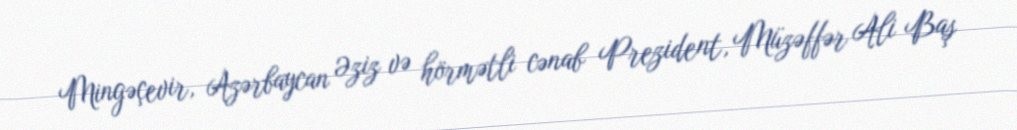
Mingəçevir, Azərbaycan Əziz və hörmətli cənab Prezident, Müzəffər Ali Baş